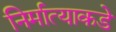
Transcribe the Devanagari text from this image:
निर्मात्याकडे